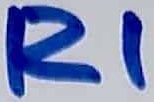
Text: R1